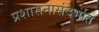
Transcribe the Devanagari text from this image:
प्रशासनासंदर्भात